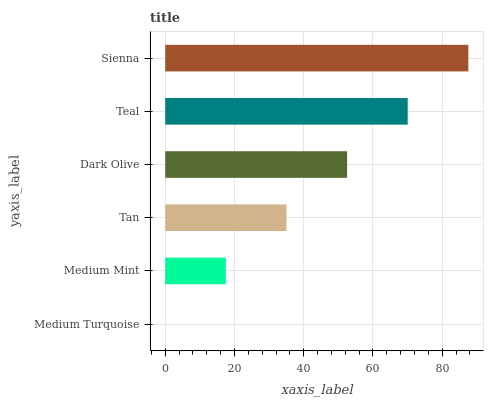
| yaxis_label | bars |
 | --- | --- |
 | Medium Turquoise | 0 |
 | Medium Mint | 17.5 |
 | Tan | 35 |
 | Dark Olive | 52.5 |
 | Teal | 70 |
 | Sienna | 87.5 |